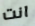
انت